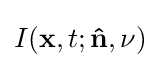
I(\mathbf {x} ,t;\mathbf {\hat {n}} ,\nu )